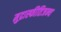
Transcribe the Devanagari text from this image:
मुद्रास्फीतिजन्य